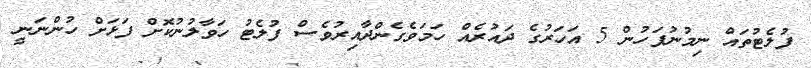
ފުލެޓުތައް ނިމުނުފަހުން 5 އަހަރުގެ ދައުރެއް ހަމަވެގެންދާއިރުވެސް ފުލެޓު ހަވާލުނުކޮށް ފަޅަށް ހުންނަނީ